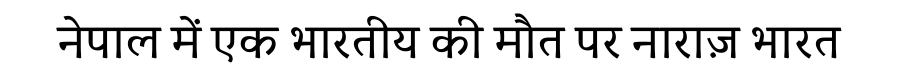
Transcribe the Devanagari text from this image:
नेपाल में एक भारतीय की मौत पर नाराज़ भारत